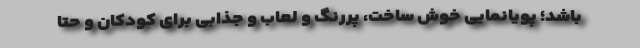
باشد؛ پویانمایی خوش ساخت، پررنگ و لعاب و جذابی برای کودکان و حتا